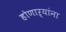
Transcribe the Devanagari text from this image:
होणाऱ्यांना